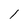
Character: 1